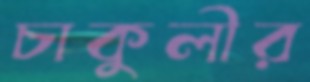
চাকুলীর